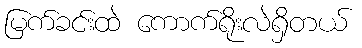
မြက်ခင်းထဲ ကောက်ရိုးလဲရှိတယ်